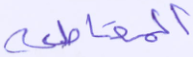
المقاطعة